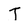
Character: T